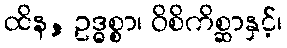
ထိန, ဥဒ္ဓစ္စာ၊ ဝိစိကိစ္ဆာနှင့်၊